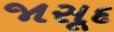
જાસૂદ